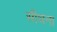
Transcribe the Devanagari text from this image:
सीचना